NAE_kihelkonnakohtute_kirjad_ja_protokollid_1869-1889, lk 4
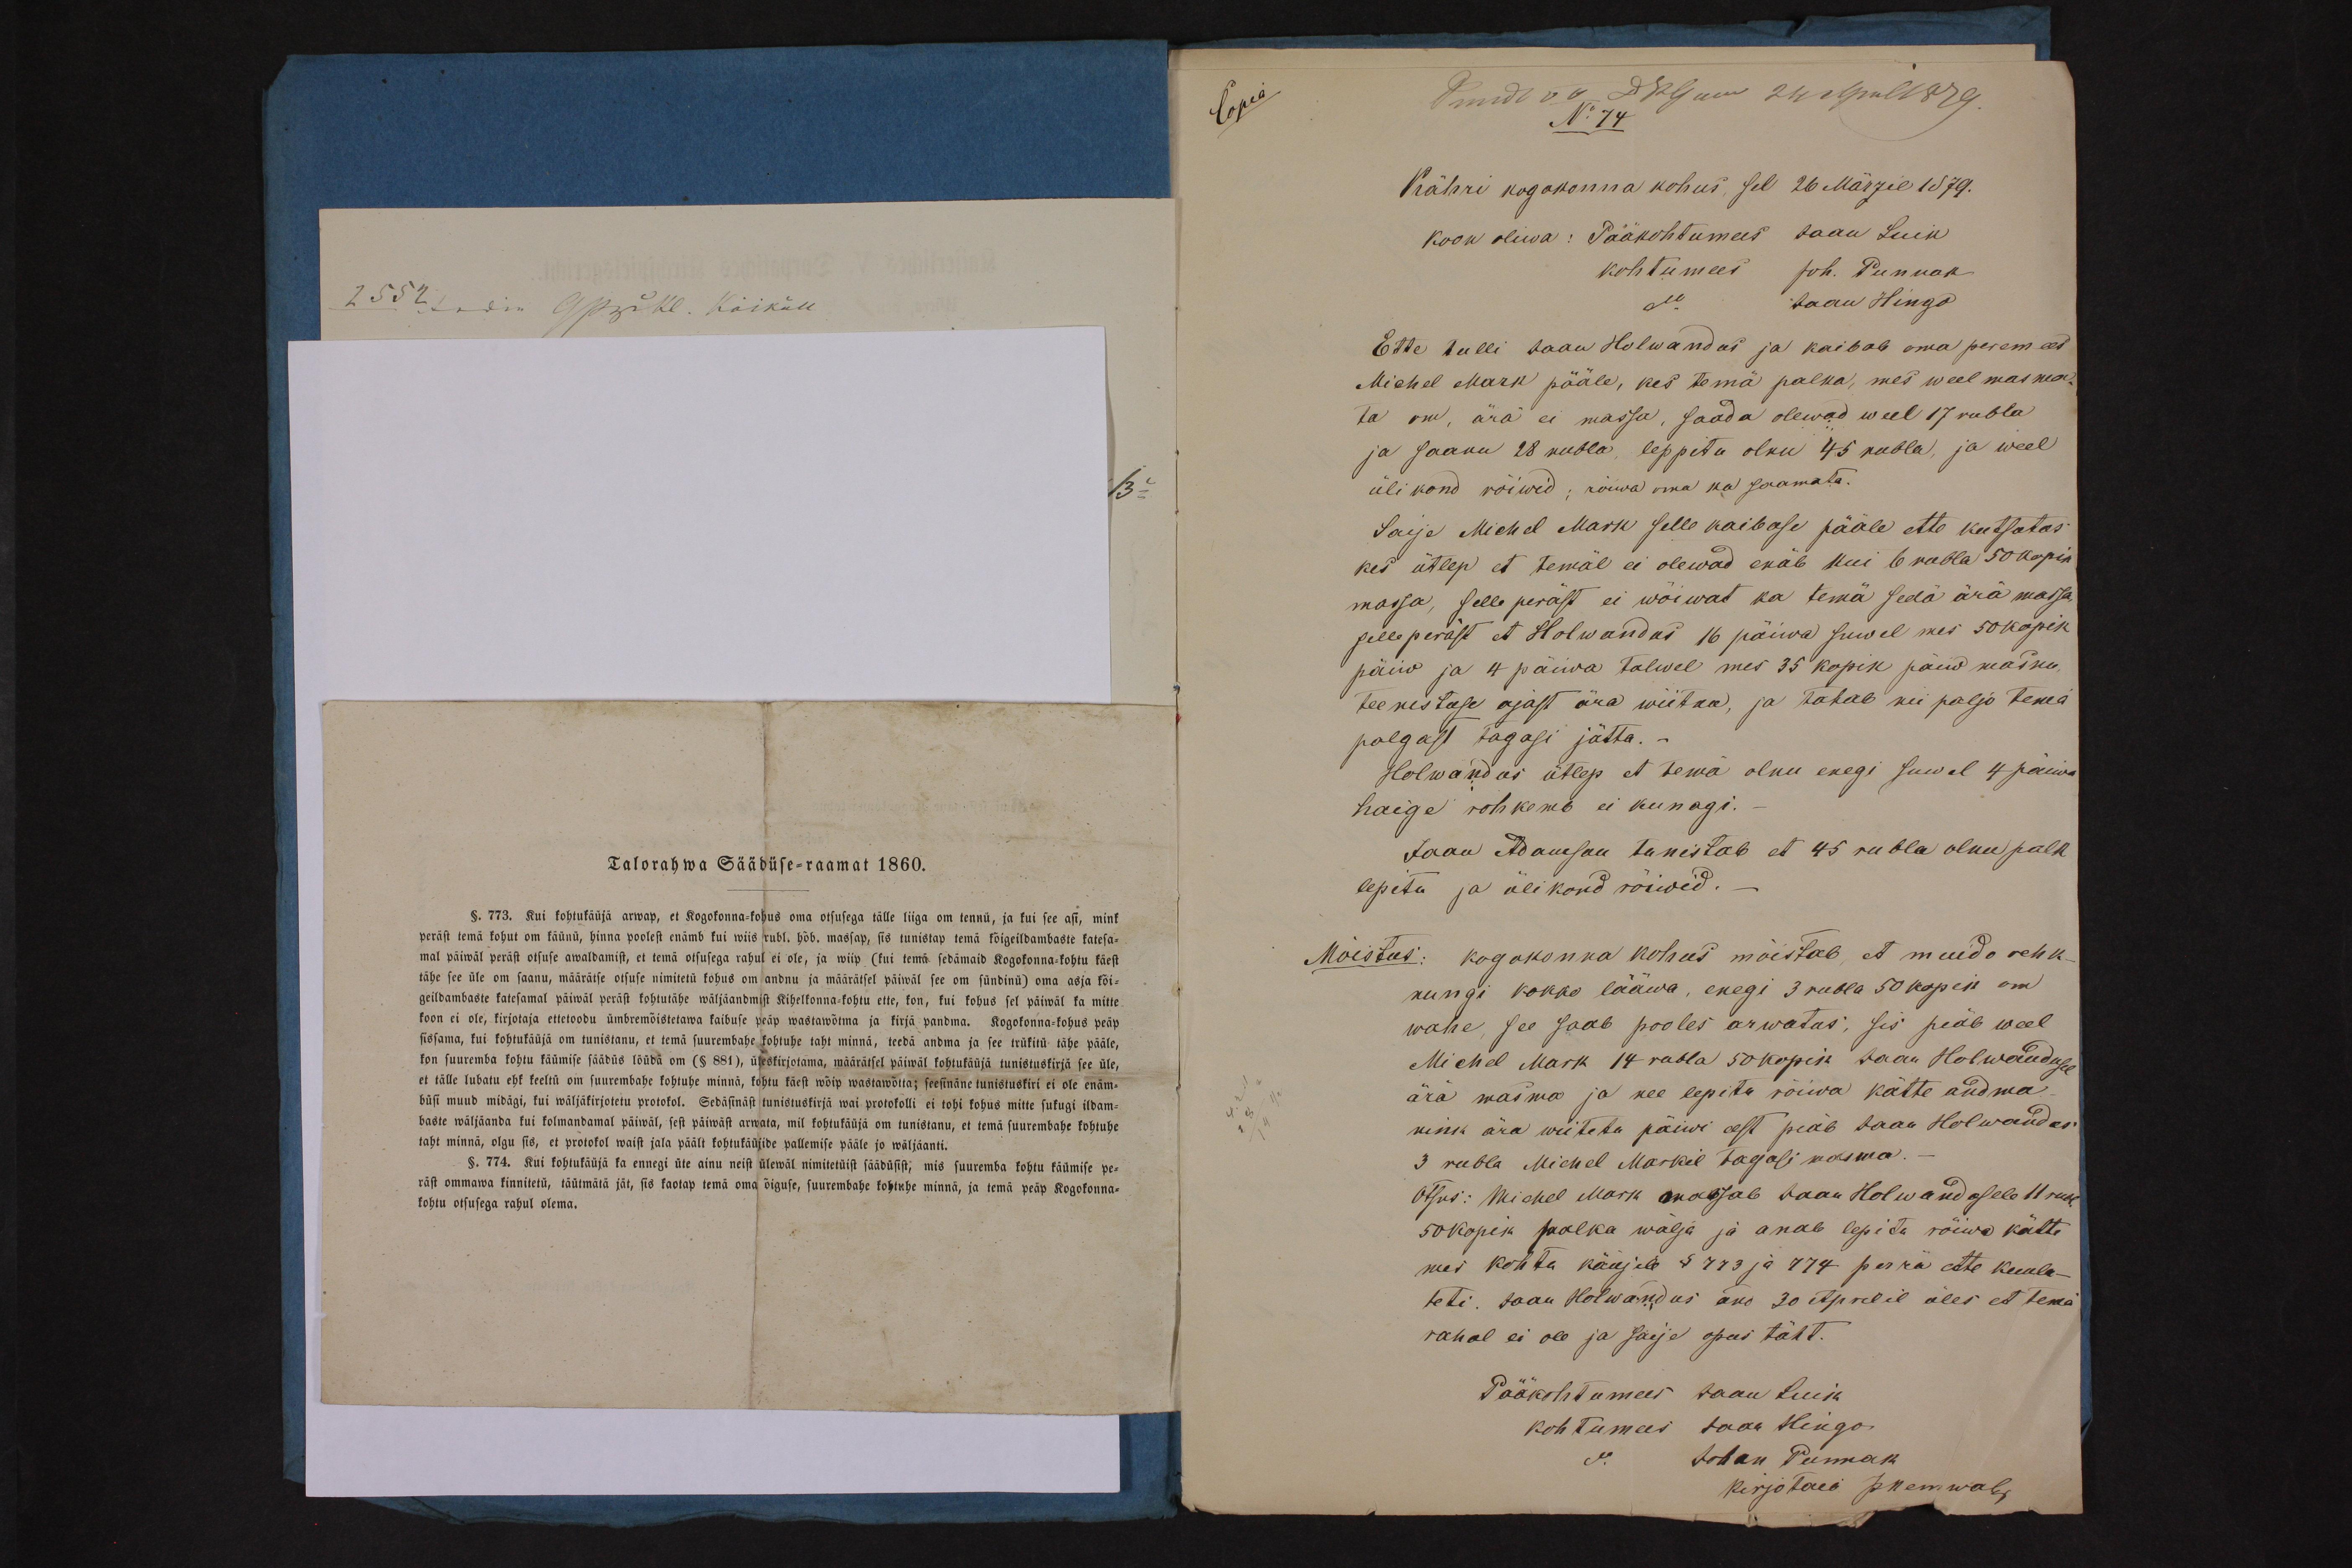
Talorahwa Säädüse-raamat 1860.
§. 773. Kui kohtukäuja arwap, et Kogokonna-kohus oma otsusega tälle liiga om tennü, ja kui see asi, mink
peräst temä kohut om käünü, hinna poolest enamb kui wiis rubl. hõb. massap, sis tunistap temä kõigeildambaste katesa-
mal päiwal peräst otsuse awaldamist, et tema otsusega rahul ei ole, ja wiip (kui temä sedämaid kogokonna-kohtu käest
tähe see üle om saanu, määrätse otsuse nimitetü kohus om andnu ja määrätsel päiwäl see om sündinü) oma asja kõi-
geildambaste katesamal päiwäl peräst kohtutähe wäljaandmist Kihelkonna-kohtu ette, kon, kui kohus sel päiwal ka mitte
koon ei ole, kirjotaja ettetoobu ümbremõistetawa kaibuse peäp wastawõtma ja kirja pandma. Kogokonna-kohus peäp
sissama, kui kohtukäüjä om tunistanu, et tema suurembatse kohtutse taht minna, teedä andma ja see trükitu tähe pääle,
kon suuremba kohtu käümise säädus lõüdä om (§ 881), üleskirjutama, määrätsel päiwäl kohtukäüjä see üle,
et tälle lubatu ehk keeltu om suurembatse kohtutse minnä, kohtu käest wõip wastawõtta; seesinäne tunistuskiri ei ole enäm-
büsi muud midägi, kui wäljäkirjotetu protokol. Sedäsinäst tunistuskirjä wai protokolli ei tohi kohus mitte sugugi ildam-
baste wäljäanda kui kolmandamal päiwäl, sest päiwast arwata, mil kohtukäüjä om tunistanu, et temä suurembatse kohtutse
taht minnä, olgu siis, et protokol waist jala päält kohtukäüjide pallemise pääle jo wäljäanti.
§. 774, Kui kohtukäüja ka ennegi üte ainu neist ülewal nimitetüist säädüsist, mis suuremba kohtu käümise pe-
räst ommawa kinnitetü, täutmätä jät, sis kaotap temä oma õiguse, suurembatse kohtutse minnä, ja temä peäp Kogokonna-
kohtu otsusega rahul olema.

Copia

N: 17
Kähri kogokonna kohus, sel 26 Märzil 1879.
Ette tulli Jaan Holwandus ja kaibab oma peremees
Michel Mark pääle, kes tema palka, mes weel masma-
ta on, ära ei massa, saada olewad weel 17 rubla
ja saanu 28 rubla, leppitu olnu 45 rubla, ja weel
oli kond rõiwid, rõiwa oma ka saamata.
Saija Michel Mark selle kaibose pääle ette kutsatas
kes ütlep et temal ei olewad enab kui 6 rubla 50 kopik
mossa, selle peräst ei wõiwat ka temä sedä ära massa,
selleperäst et Holwandus 16 päiwa suwel mes 50 kopik
päiw ja 4 päiwa talwel mes 35 kopik päew masnu,
teenistuse ajast ära wiitan, ja tahab nii paljo tema
palgast tagasi jätta.-
Holwandus ütlep et tema olnu enegi suwel 4 päewa
haige rohkemb ei kunagi.
Jaan Adamson tunistab et 45 rubla olnu palk
lepitu ja üli kond rõiwid.
Mõistus: kogokonna kohus mõistab, et muido rehk-
nungi kokko lääwa, enegi 3 rubla 50 kopek om
wahe, see saab pooles arwatas, sii peäb weel
Michel Mark 14 rubla 50 kopik Jaan Holwandusel
ära masma ja see lepitu rõiwa kätte andma
nink ära wiiteta päiwi eest peäb Jaan Holwandus
3 rubla Midel Markil tagasi masma.-
Otsus: Michel Mark massab Jaan Holwandusele 11 rubl.
50 kopik palka wälja ja anab lepita rõiwa kätte
mes kohta käüjale § 773 ja 774 perrä ette kuula-
teti. Jaan Holwandus ans 30 Aprelil üles et temä
rahal ei ole ja saije opus täht.